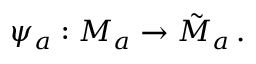
\psi _ { a } : { \cal M } _ { a } \to \tilde { { \cal M } } _ { a } \, .